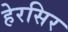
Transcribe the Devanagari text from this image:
हेरसिर